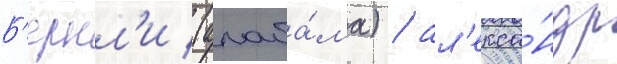
Б'ернл'и (алаба́ма) / ал'екса́ндр